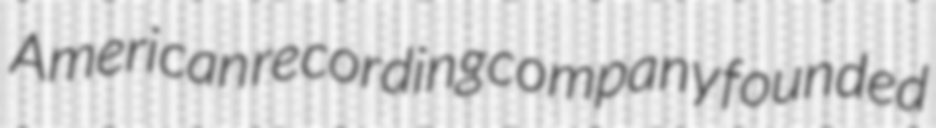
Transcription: American recording company founded